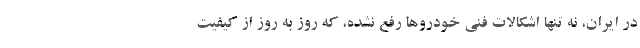
در ایران، نه تنها اشکالات فنی خودروها رفع نشده، که روز به روز از کیفیت